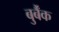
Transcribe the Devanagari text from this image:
बुर्बैंक